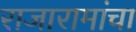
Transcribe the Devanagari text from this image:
राजारामांचा